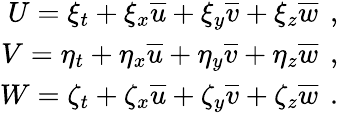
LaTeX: \begin{array}{r}{U=\xi_{t}+\xi_{x}\overline{{u}}+\xi_{y}\overline{{v}}+\xi_{z}\overline{{w}}\, \mathrm{~,~}}\\ {V=\eta_{t}+\eta_{x}\overline{{u}}+\eta_{y}\overline{{v}}+\eta_{z}\overline{{w}}\, \mathrm{~,~}}\\ {W=\zeta_{t}+\zeta_{x}\overline{{u}}+\zeta_{y}\overline{{v}}+\zeta_{z}\overline{{w}}\, \mathrm{~.~}}\end{array}